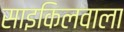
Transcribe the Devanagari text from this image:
साइकिलवाला